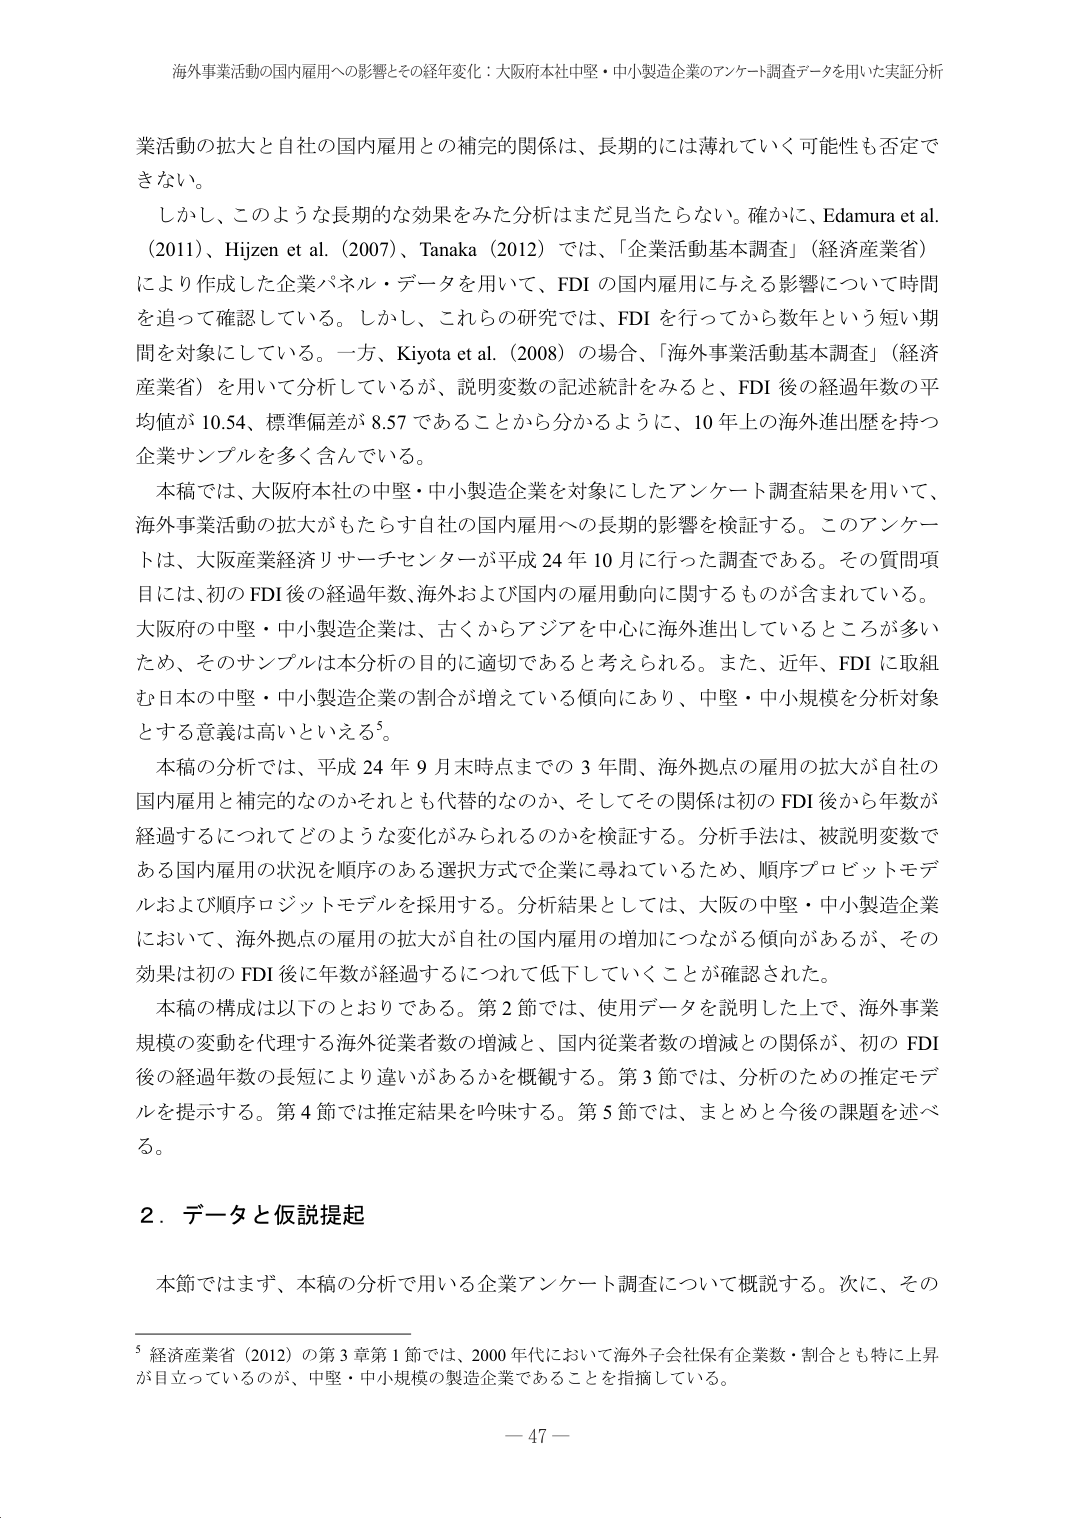
海外事業活動の国内雇用への影響とその経年変化：大阪府本社中堅・中小製造企業のアンケート調査データを用いた実証分析

業活動の拡大と自社の国内雇用との補完的関係は、長期的には薄れていく可能性も否定できない。

しかし、このような長期的な効果をみた分析はまだ見当たらない。確かに、Edamura et al.（2011）、Hijzen et al.（2007）、Tanaka（2012）では、「企業活動基本調査」（経済産業省）により作成した企業パネル・データを用いて、FDI の国内雇用に与える影響について時間を追って確認している。しかし、これらの研究では、FDI を行ってから数年という短い期間を対象にしている。一方、Kiyota et al.（2008）の場合、「海外事業活動基本調査」（経済産業省）を用いて分析しているが、説明変数の記述統計をみると、FDI 後の経過年数の平均値が 10.54、標準偏差が 8.57 であることがから分かるように、10 年上の海外進出歴を持つ企業サンプルを多く含んでいる。

本稿では、大阪府本社の中堅・中小製造企業を対象にしたアンケート調査結果を用いて、海外事業活動の拡大がもたらす自社の国内雇用への長期的影響を検証する。このアンケートは、大阪産業経済リサーチセンターが平成 24 年 10 月に行った調査である。その質問項目には、初の FDI 後の経過年数、海外および国内の雇用動向に関するものが含まれている。大阪府の中堅・中小製造企業は、古くからアジアを中心に海外進出しているところが多いため、そのサンプルは本分析の目的に適切であると考えられる。また、近年、FDI に取組む日本の中堅・中小製造企業の割合が増えていく傾向にあり、中堅・中小規模を分析対象とする意義は高いといえる⁵。

本稿の分析では、平成 24 年 9 月末時点までの 3 年間、海外拠点の雇用の拡大が自社の国内雇用と補完的なのかそれとも代替的なのか、そしてその関係は初の FDI 後から年数が経過するにつれてどのような変化がみられるのかを検証する。分析手法は、被説明変数である国内雇用の状況を順序のある選択方式で企業に尋ねているため、順序プロビットモデルおよび順序ロジットモデルを採用する。分析結果としては、大阪の中堅・中小製造企業において、海外拠点の雇用の拡大が自社の国内雇用の増加につながる傾向があるが、その効果は初の FDI 後に年数が経過するにつれて低下していくことが確認された。

本稿の構成は以下のとおりである。第 2 節では、使用データを説明した上で、海外事業規模の変動を代理する海外従業者数の増減と、国内従業者数の増減との関係が、初の FDI 後の経過年数の長短により違いがあるかを概観する。第 3 節では、分析のための推定モデルを提示する。第 4 節では推定結果を吟味する。第 5 節では、まとめと今後の課題を述べる。

2．データと仮説提起

本節ではまず、本稿の分析で用いる企業アンケート調査について概説する。次に、その

⁵ 経済産業省（2012）の第 3 章第 1 節では、2000 年代において海外子会社保有企業数・割合とも特に上昇が目立っているのが、中堅・中小規模の製造企業であることを指摘している。

— 47 —